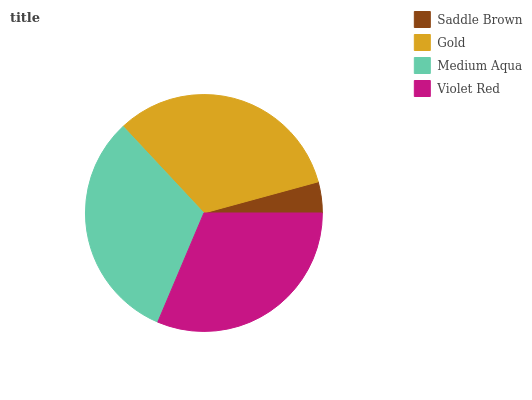
| Saddle Brown | Gold | Medium Aqua | Violet Red |
 | --- | --- | --- | --- |
 | 4.23% | 32.8% | 31.7% | 31.3% |